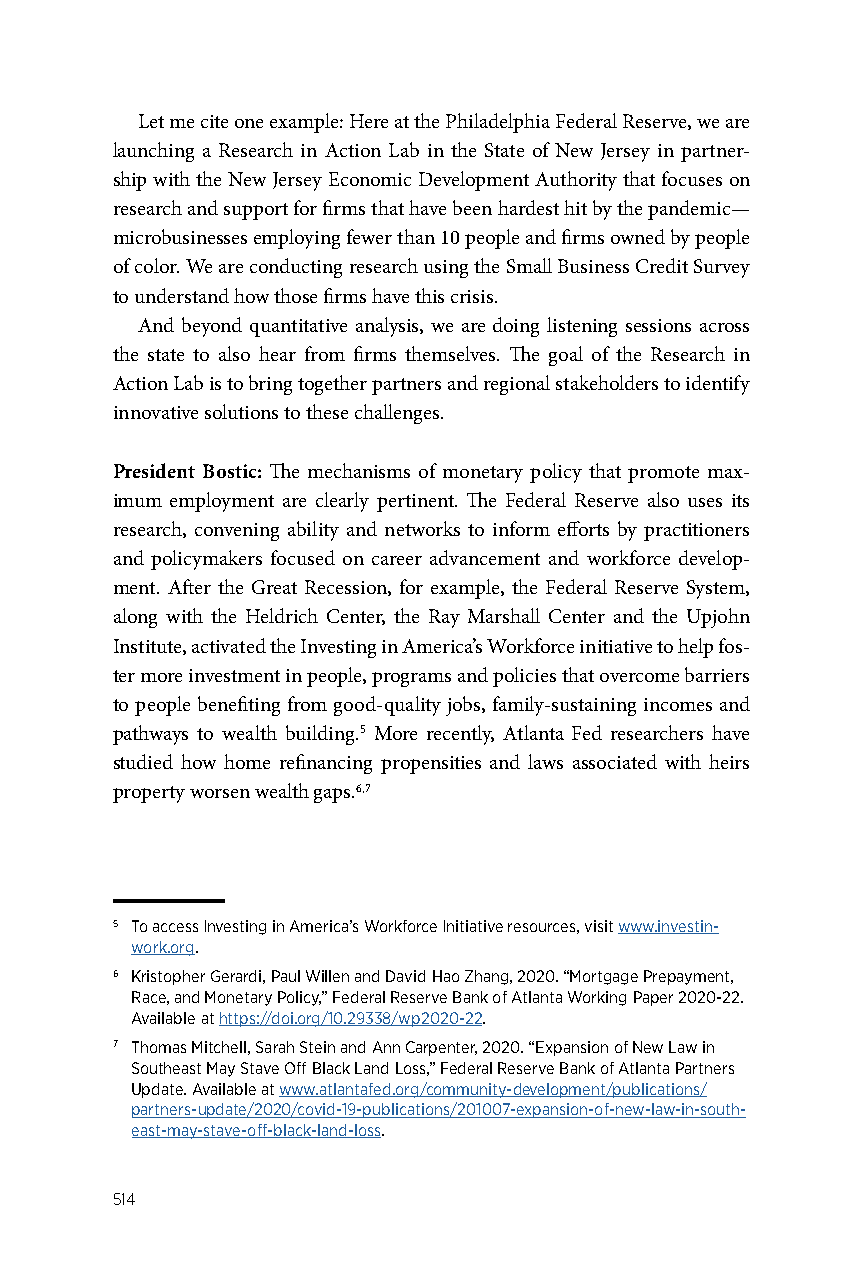
Let me cite one example: Here at the Philadelphia Federal Reserve, we are
 launching a Research in Action Lab in the State of New Jersey in partner-
 ship with the New Jersey Economic Development Authority that focuses on
 research and support for firms that have been hardest hit by the pandemic—
 microbusinesses employing fewer than 10 people and firms owned by people
 of color. We are conducting research using the Small Business Credit Survey
 to understand how those firms have this crisis.
 And beyond quantitative analysis, we are doing listening sessions across
 the state to also hear from firms themselves. The goal of the Research in
 Action Lab is to bring together partners and regional stakeholders to identify
 innovative solutions to these challenges.
 President Bostic: The mechanisms of monetary policy that promote max-
 imum employment are clearly pertinent. The Federal Reserve also uses its
 research, convening ability and networks to inform efforts by practitioners
 and policymakers focused on career advancement and workforce develop-
 ment. After the Great Recession, for example, the Federal Reserve System,
 along with the Heldrich Center, the Ray Marshall Center and the Upjohn
 Institute, activated the Investing in America’s Workforce initiative to help fos-
 ter more investment in people, programs and policies that overcome barriers
 to people benefiting from good-quality jobs, family-sustaining incomes and
 pathways to wealth building.5 More recently, Atlanta Fed researchers have
 studied how home refinancing propensities and laws associated with heirs
 property worsen wealth gaps.6,7
 5 To access Investing in America’s Workforce Initiative resources, visit www.investin-
 work.org.
 6 Kristopher Gerardi, Paul Willen and David Hao Zhang, 2020. “Mortgage Prepayment,
 Race, and Monetary Policy,” Federal Reserve Bank of Atlanta Working Paper 2020-22.
 Available at https://doi.org/10.29338/wp2020-22.
 7 Thomas Mitchell, Sarah Stein and Ann Carpenter, 2020. “Expansion of New Law in
 Southeast May Stave Off Black Land Loss,” Federal Reserve Bank of Atlanta Partners
 Update. Available at www.atlantafed.org/community-development/publications/
 partners-update/2020/covid-19-publications/201007-expansion-of-new-law-in-south-
 east-may-stave-off-black-land-loss.
 514